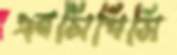
এনসিপিসি